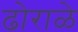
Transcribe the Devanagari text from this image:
ढोराळे